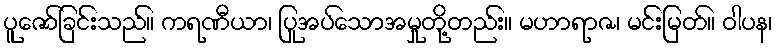
ပူဇော်ခြင်းသည်။ ကရဏီယာ၊ ပြုအပ်သောအမှုတို့တည်း။ မဟာရာဇ၊ မင်းမြတ်။ ဝါပန၊